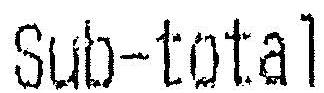
SUB-TOTAL